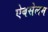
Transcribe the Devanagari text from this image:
ऐबसेलम